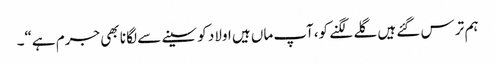
ہم تر س گئے ہیں گلے لگنے کو،آپ ماں ہیں اولاد کو سینے سے لگا نا بھی جرم ہے“۔